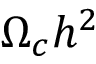
\Omega _ { c } h ^ { 2 }